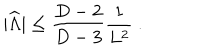
| { \widehat \Lambda } | \leq { \frac { D - 2 } { D - 3 } } { \frac { 1 } { L ^ { 2 } } } ~ .